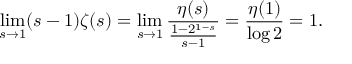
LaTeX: \operatorname* { l i m } _ { s \to 1 } ( s - 1 ) \zeta ( s ) = \operatorname* { l i m } _ { s \to 1 } { \frac { \eta ( s ) } { \frac { 1 - 2 ^ { 1 - s } } { s - 1 } } } = { \frac { \eta ( 1 ) } { \log 2 } } = 1 .